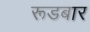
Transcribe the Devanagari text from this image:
रूडबार